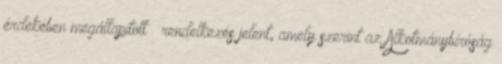
érdekében megállapított – rendelkezés jelent, amely szerint az Alkotmánybíróság